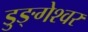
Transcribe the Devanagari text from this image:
डुङ्गेश्वर